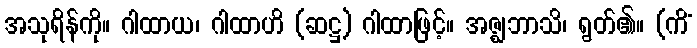
အသုရိန်ကို။ ဂါထာယ၊ ဂါထာဟိ (ဆဋ္ဌ) ဂါထာဖြင့်။ အဇ္ဈဘာသိ၊ ရွတ်၏။ (ကိံ